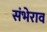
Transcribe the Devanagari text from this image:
संभेराव